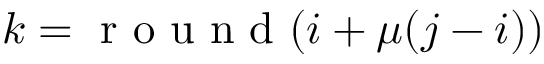
k = \mathrm { ~ r ~ o ~ u ~ n ~ d ~ } ( i + \mu ( j - i ) )